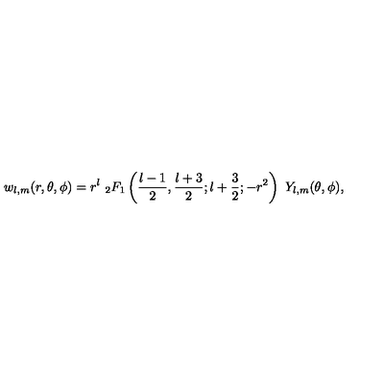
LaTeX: w _ { l , m } ( r , \theta , \phi ) = r ^ { l } \ _ { 2 } F _ { 1 } \left( { \frac { l - 1 } { 2 } } , { \frac { l + 3 } { 2 } } ; l + { \frac { 3 } { 2 } } ; - r ^ { 2 } \right) \ Y _ { l , m } ( \theta , \phi ) ,